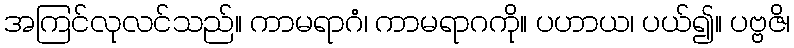
အကြင်လုလင်သည်။ ကာမရာဂံ၊ ကာမရာဂကို။ ပဟာယ၊ ပယ်၍။ ပဗ္ဗဇိ၊